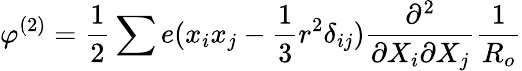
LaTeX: \varphi^{(2)}=\frac{1}{2}\sum e(x_{i}x_{j}-\frac{1}{3}r^{2}\delta_{ij})\frac{\partial^{2}}{\partial X_{i}\partial X_{j}}\frac{1}{R_{o}}